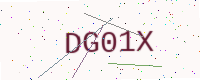
Text: DG01X